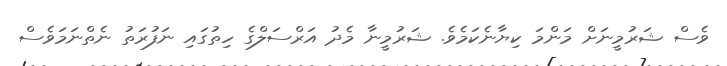
ވެސް ޝަރުމީނަށް މަންމަ ކިޔާނެކަމެވެ. ޝަރުމީނާ މެދު އަރްސަލްގެ ހިތުގައި ނަފުރަތު ނެތްނަމަވެސް